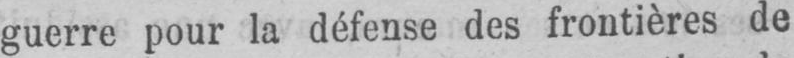
guerre pour la défense des frontières de